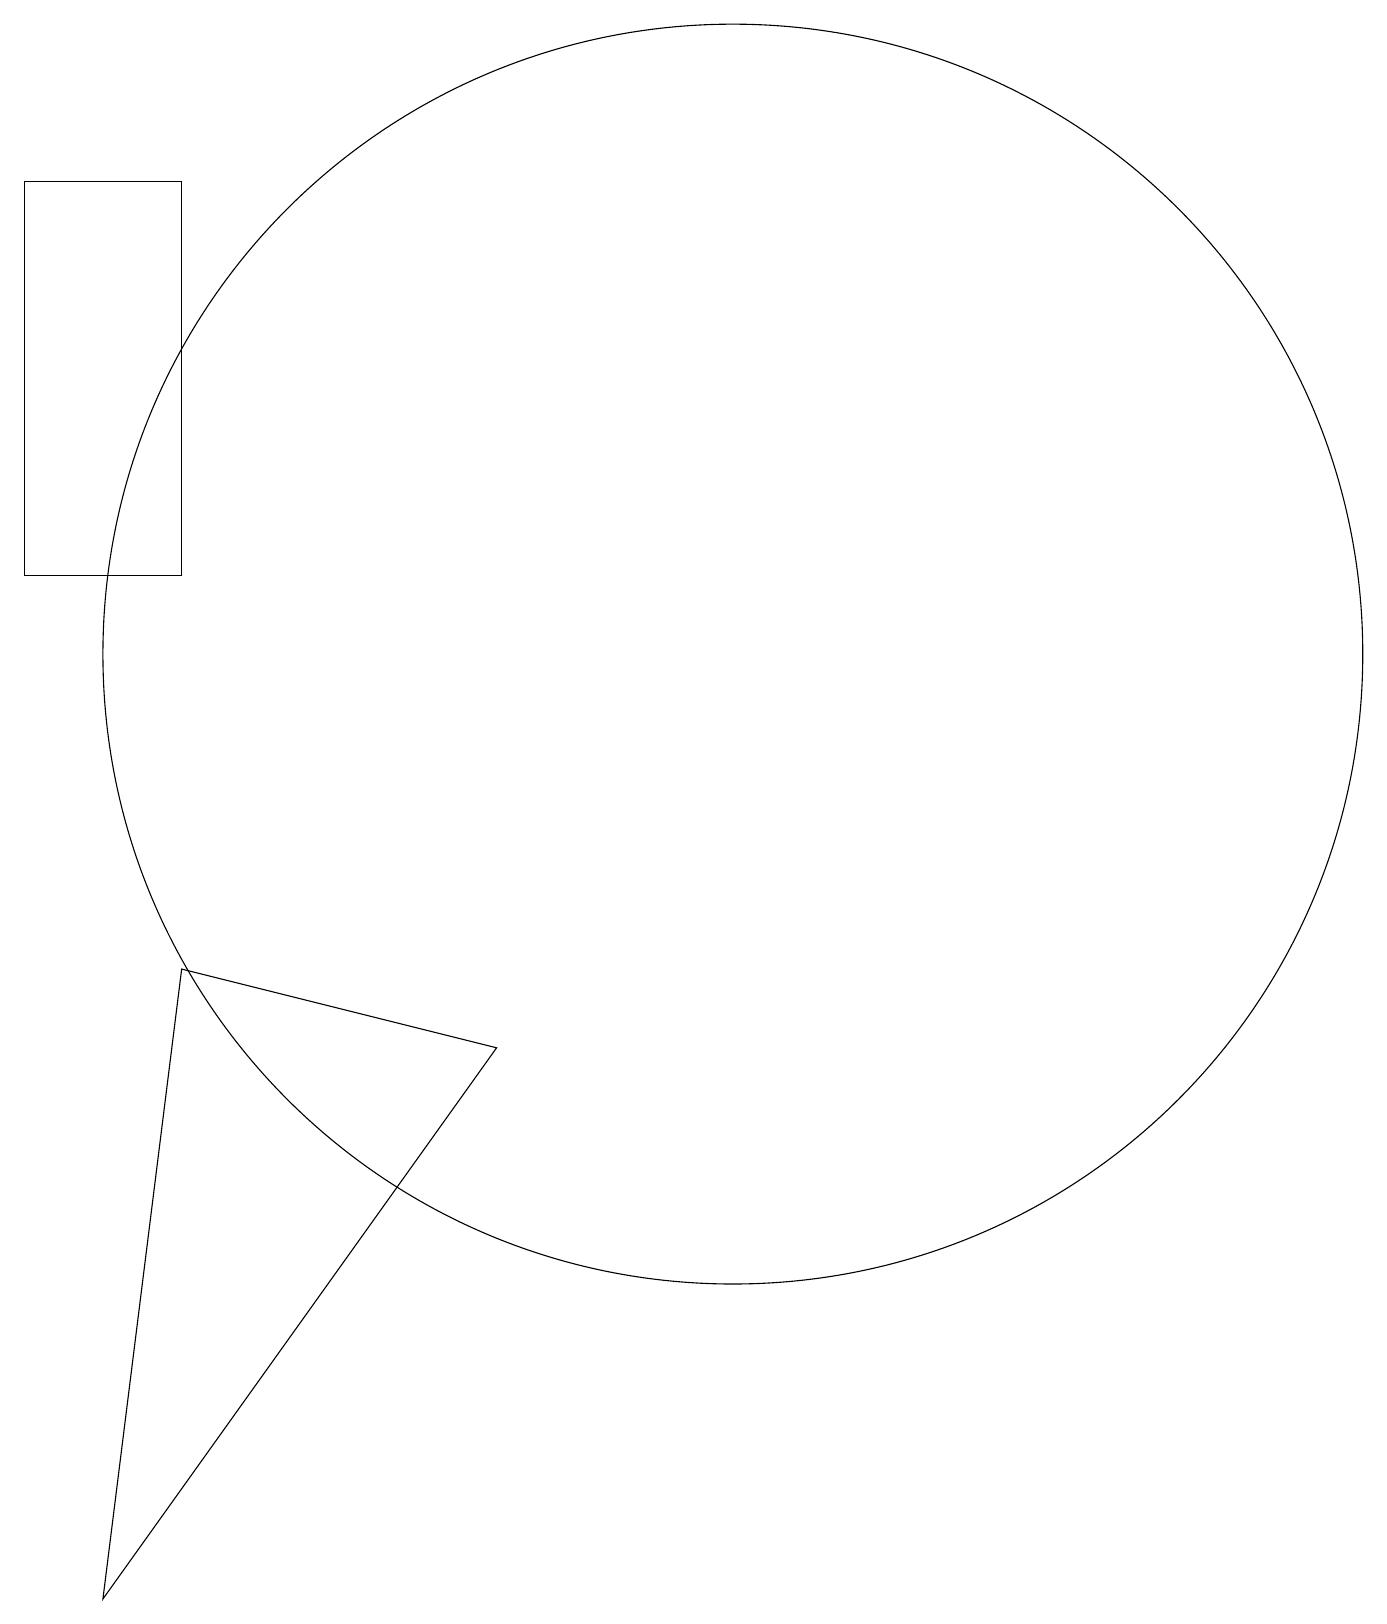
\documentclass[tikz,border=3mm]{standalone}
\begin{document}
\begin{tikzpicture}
\draw (4,8) -- (8,7) -- (3,0) -- cycle;
\draw (11,12) circle (8);
\draw (4,18) rectangle (2,13);
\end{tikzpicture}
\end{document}